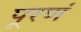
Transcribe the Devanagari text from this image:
पूरणं